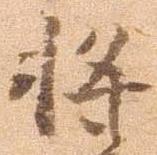
将